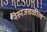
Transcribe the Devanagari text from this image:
नेरुरजवळील